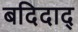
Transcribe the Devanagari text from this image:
बदिदाद्